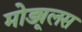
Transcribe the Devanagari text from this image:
मोड्यूलस